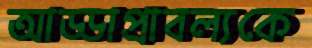
আড্ডাপ্রাবল্যকে